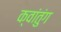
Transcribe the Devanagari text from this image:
क्वांतुंग